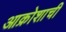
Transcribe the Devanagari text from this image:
आक्रोशाची